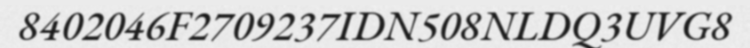
8402046F2709237IDN508NLDQ3UVG8